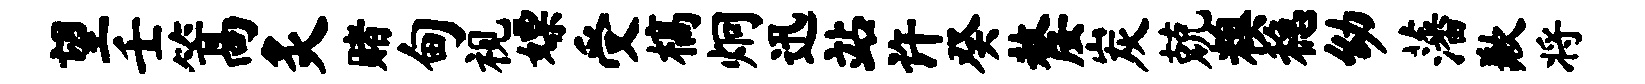
望壬篙炙赌甸视嫖受槁炯迅站许癸嫠炭兢糗稳幼藩歉将